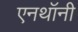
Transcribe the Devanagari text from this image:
एनथॉनी